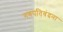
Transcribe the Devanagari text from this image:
गणपतिवंदना